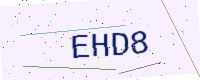
Text: EHD8